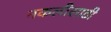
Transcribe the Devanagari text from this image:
नकलीसाठी